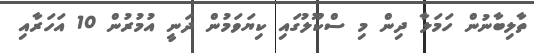
ތާލިބާނުން ހަމަލާ ދިން މި ސްކޫލުގައި ކިޔަވަމުން ދަނީ އުމުރުން 10 އަހަރާއި